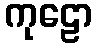
ကုဠော